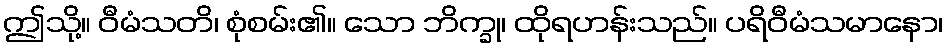
ဤသို့။ ဝီမံသတိ၊ စုံစမ်း၏။ သော ဘိက္ခု၊ ထိုရဟန်းသည်။ ပရိဝီမံသမာနော၊